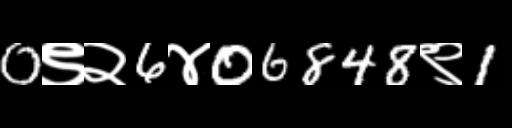
Text: 0९२6४06848९1